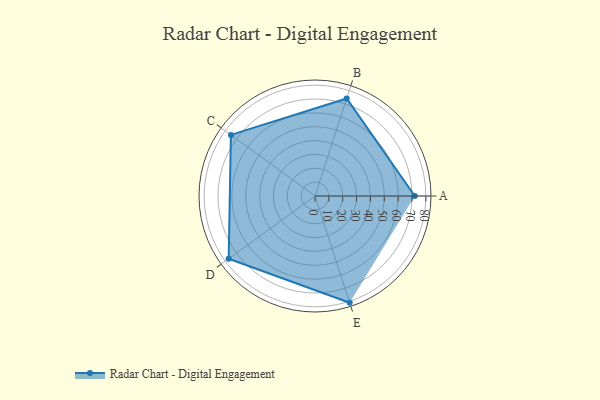
{"axis": {"x": "Skill", "y": "Score"}, "legend": ["Profile"], "data": [{"x": "A", "y": 72.0, "type": "Profile"}, {"x": "B", "y": 74.0, "type": "Profile"}, {"x": "C", "y": 75.0, "type": "Profile"}, {"x": "D", "y": 77.0, "type": "Profile"}, {"x": "E", "y": 81.0, "type": "Profile"}]}